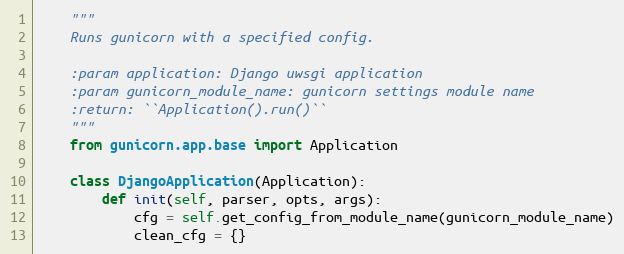
Language: Python
    """
    Runs gunicorn with a specified config.

    :param application: Django uwsgi application
    :param gunicorn_module_name: gunicorn settings module name
    :return: ``Application().run()``
    """
    from gunicorn.app.base import Application

    class DjangoApplication(Application):
        def init(self, parser, opts, args):
            cfg = self.get_config_from_module_name(gunicorn_module_name)
            clean_cfg = {}